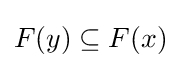
F(y)\subseteq F(x)